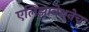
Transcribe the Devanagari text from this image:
एलिझाबेथनेच